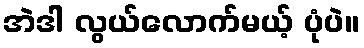
အဲဒါ လွယ်လောက်မယ့် ပုံပဲ။